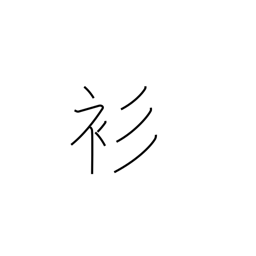
Meaning: thin kimono